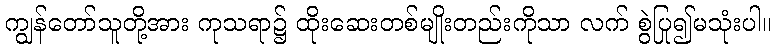
ကျွန်တော်သူတို့အား ကုသရာ၌ ထိုးဆေးတစ်မျိုးတည်းကိုသာ လက် စွဲပြု၍မသုံးပါ။